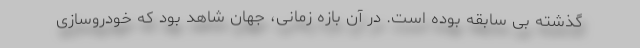
گذشته بی سابقه بوده است. در آن بازه زمانی، جهان شاهد بود که خودروسازی